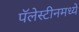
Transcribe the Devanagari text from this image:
पॅलेस्टीनमध्ये